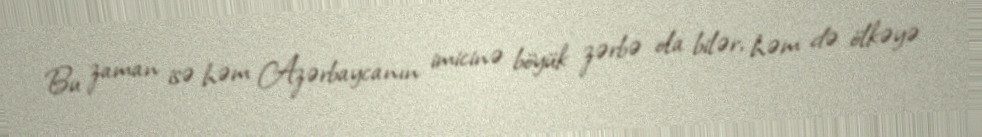
Bu zaman isə həm Azərbaycanın imicinə böyük zərbə ola bilər, həm də ölkəyə